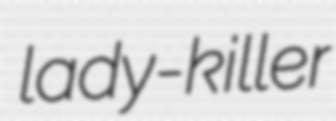
lady-killer